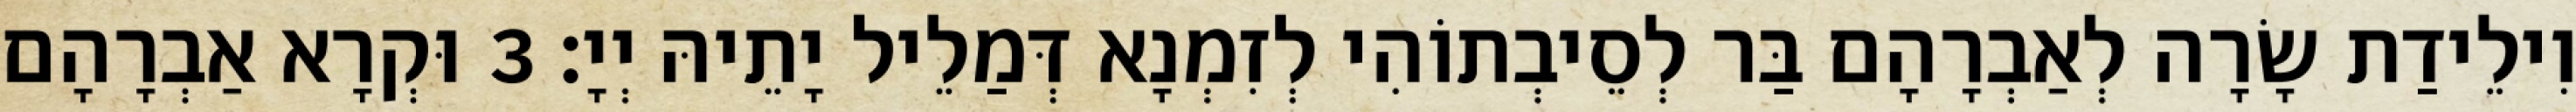
וִילֵידַת שָׂרָה לְאַבְרָהָם בַּר לְסֵיבְתוֹהִי לְזִמְנָא דְּמַלֵיל יָתֵיהּ יְיָ׃ 3 וּקְרָא אַבְרָהָם